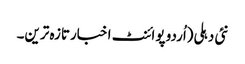
نئی دہلی(اُردو پوائنٹ اخبارتازہ ترین۔